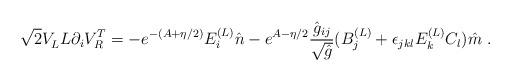
LaTeX: \begin{align*}\sqrt{2} V_L^{\vphantom{T}}L\partial_iV_R^T = -e^{-(A+\eta/2)}E_i^{(L)} \hat n-e^{A-\eta/2}{\hat g_{ij}\over\sqrt{\hat g}}(B_j^{(L)}+\epsilon_{jkl}E^{(L)}_kC_l)\hat m\ .\end{align*}